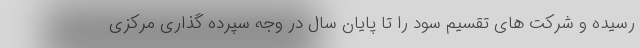
رسیده و شرکت های تقسیم سود را تا پایان سال در وجه سپرده گذاری مرکزی